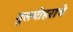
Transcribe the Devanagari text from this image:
गुलमोहराचे